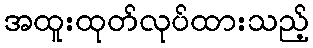
အထူးထုတ်လုပ်ထားသည့်